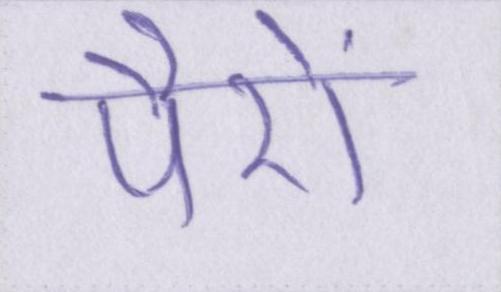
पैरों